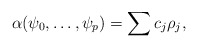
\begin{align*}\alpha(\psi_0,\dots,\psi_p)=\sum c_j \rho_j ,\end{align*}